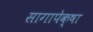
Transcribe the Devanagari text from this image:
सागापेक्षा